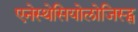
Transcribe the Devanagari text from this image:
एनेस्थेसियोलोजिस्ट्स